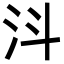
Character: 㳆